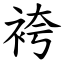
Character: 袴